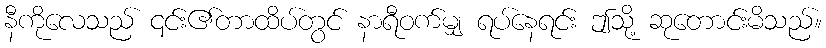
နီကိုလေသည် ၎င်း၏တာထိပ်တွင် နာရီဝက်မျှ ရပ်နေရင်း ဤသို့ ဆုတောင်းမိသည်။